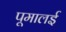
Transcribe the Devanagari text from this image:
पूमालई